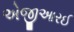
એજીઆરઈ